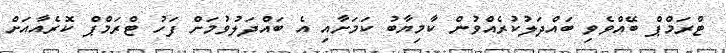
ޓްރަމްޕް ބޭއްވެވި ބައްދަލުކުރެއްވުން ކާމިޔާބު ކަމަށާއި އެ ބައްދަލުވުމަށް ފަހު ޓްރަމްޕް ކޮރެއާއަށް